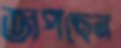
জপছেন